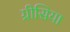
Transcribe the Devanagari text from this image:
ग्रीसिया